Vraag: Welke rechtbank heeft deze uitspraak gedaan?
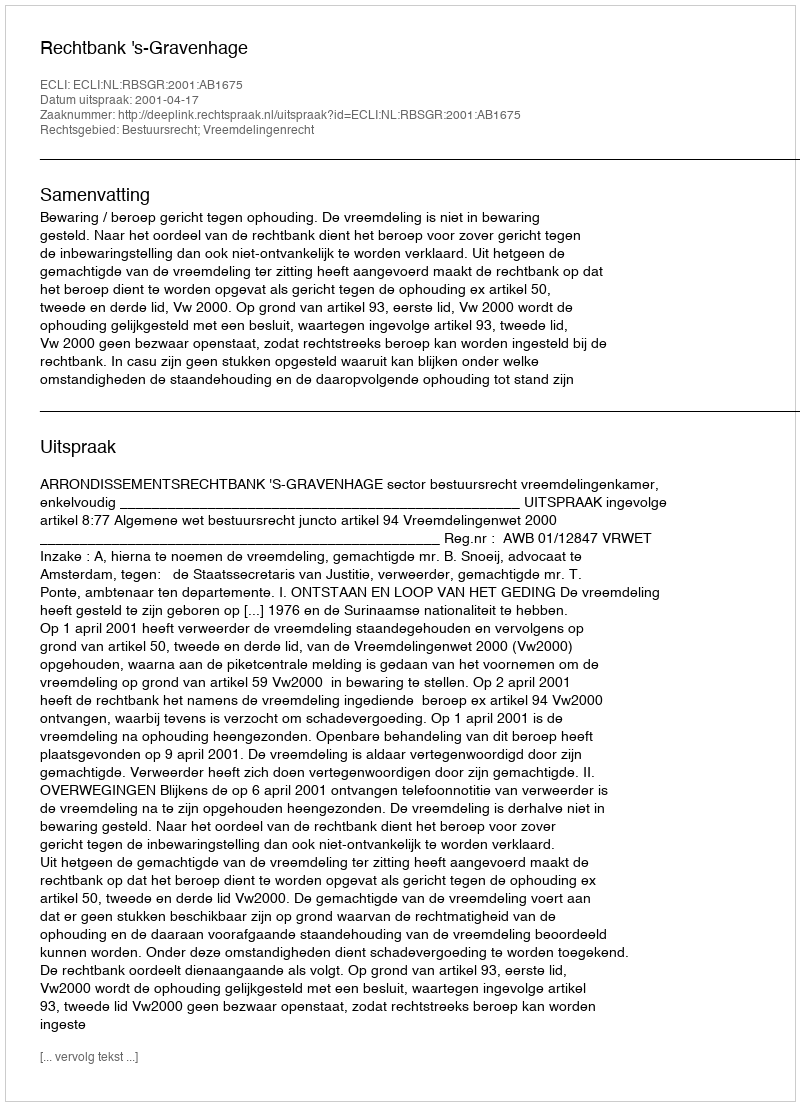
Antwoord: Rechtbank 's-Gravenhage